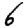
Digit: 6